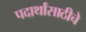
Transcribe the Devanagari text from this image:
पदार्थांसाठीचे